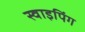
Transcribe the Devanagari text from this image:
स्वाइपिंग